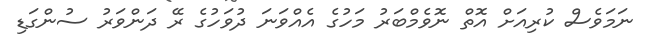
ނަމަވެސް ކުރިއަށް އޮތް ނޮވެމްބަރު މަހުގެ އެއްވަނަ ދުވަހުގެ ރޭ ދަންވަރު ސުންގަޑި